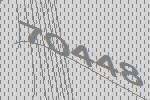
70448